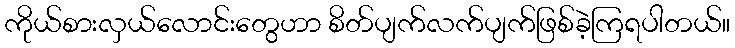
ကိုယ်စားလှယ်လောင်းတွေဟာ စိတ်ပျက်လက်ပျက်ဖြစ်ခဲ့ကြရပါတယ်။